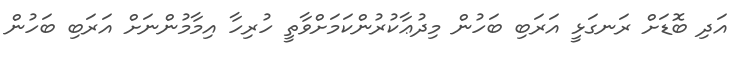
އަދި ބޮޑަށް ރަނގަޅީ އަރަބި ބަހުން މިދުޢާކުރުންކަމަށްވާތީ ހުރިހާ އިމާމުންނަށް އަރަބި ބަހުން